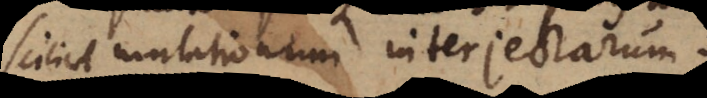
a[tem] mutationum interjectarum.